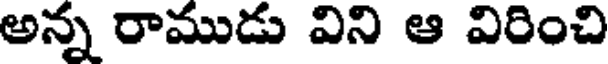
అన్న రాముడు విని ఆ విరించి